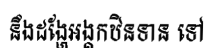
នឹងដង្ហែអង្គកឋិនទាន ទៅ